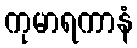
ကုမာရကာနံ